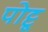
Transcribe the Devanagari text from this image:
पोट्टू